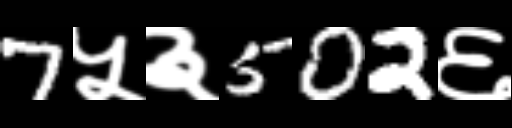
Text: 7५३502६